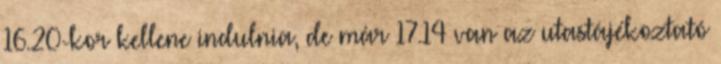
16.20-kor kellene indulnia, de már 17.14 van az utastájékoztató